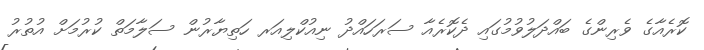
ކޮރެއާގެ ވެރިންގެ ބައްދަލުވުމުގައި ދެކޮރެއާ ސަރަހައްދު ނިއުކްލިއަރ ހަތިޔާރުން ސަލާމަތް ކުރުމަށް އުތުރު